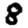
Digit: 8